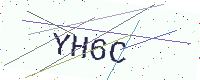
Text: YH6C